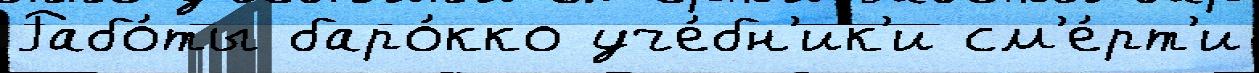
Рабо́ты баро́кко уче́бн'ик'и см'е́рт'и